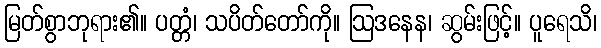
မြတ်စွာဘုရား၏။ ပတ္တံ၊ သပိတ်တော်ကို။ ဩဒနေန၊ ဆွမ်းဖြင့်။ ပူရေသိ၊